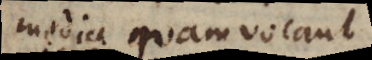
media quam vocant